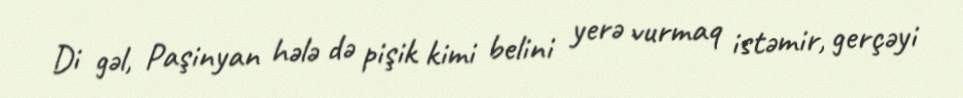
Di gəl, Paşinyan hələ də pişik kimi belini yerə vurmaq istəmir, gerçəyi